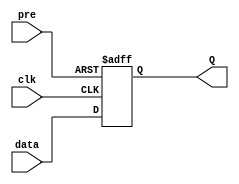
//MODULOS
module FLIPFLOPDP(data,clk,pre,Q);
input data,clk,pre;
output reg Q;

//ASIGNACIONES
always@(posedge clk or negedge pre)
	if (~pre)
		Q=1;
	else
		Q=data;
endmodule